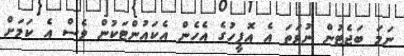
ނަމަ ބަޖެޓުން ނުވަތަ އެ އޮފީހުގެ އެހެން އެކައުންޓަކުން ވެސް އެ ކަމަށް